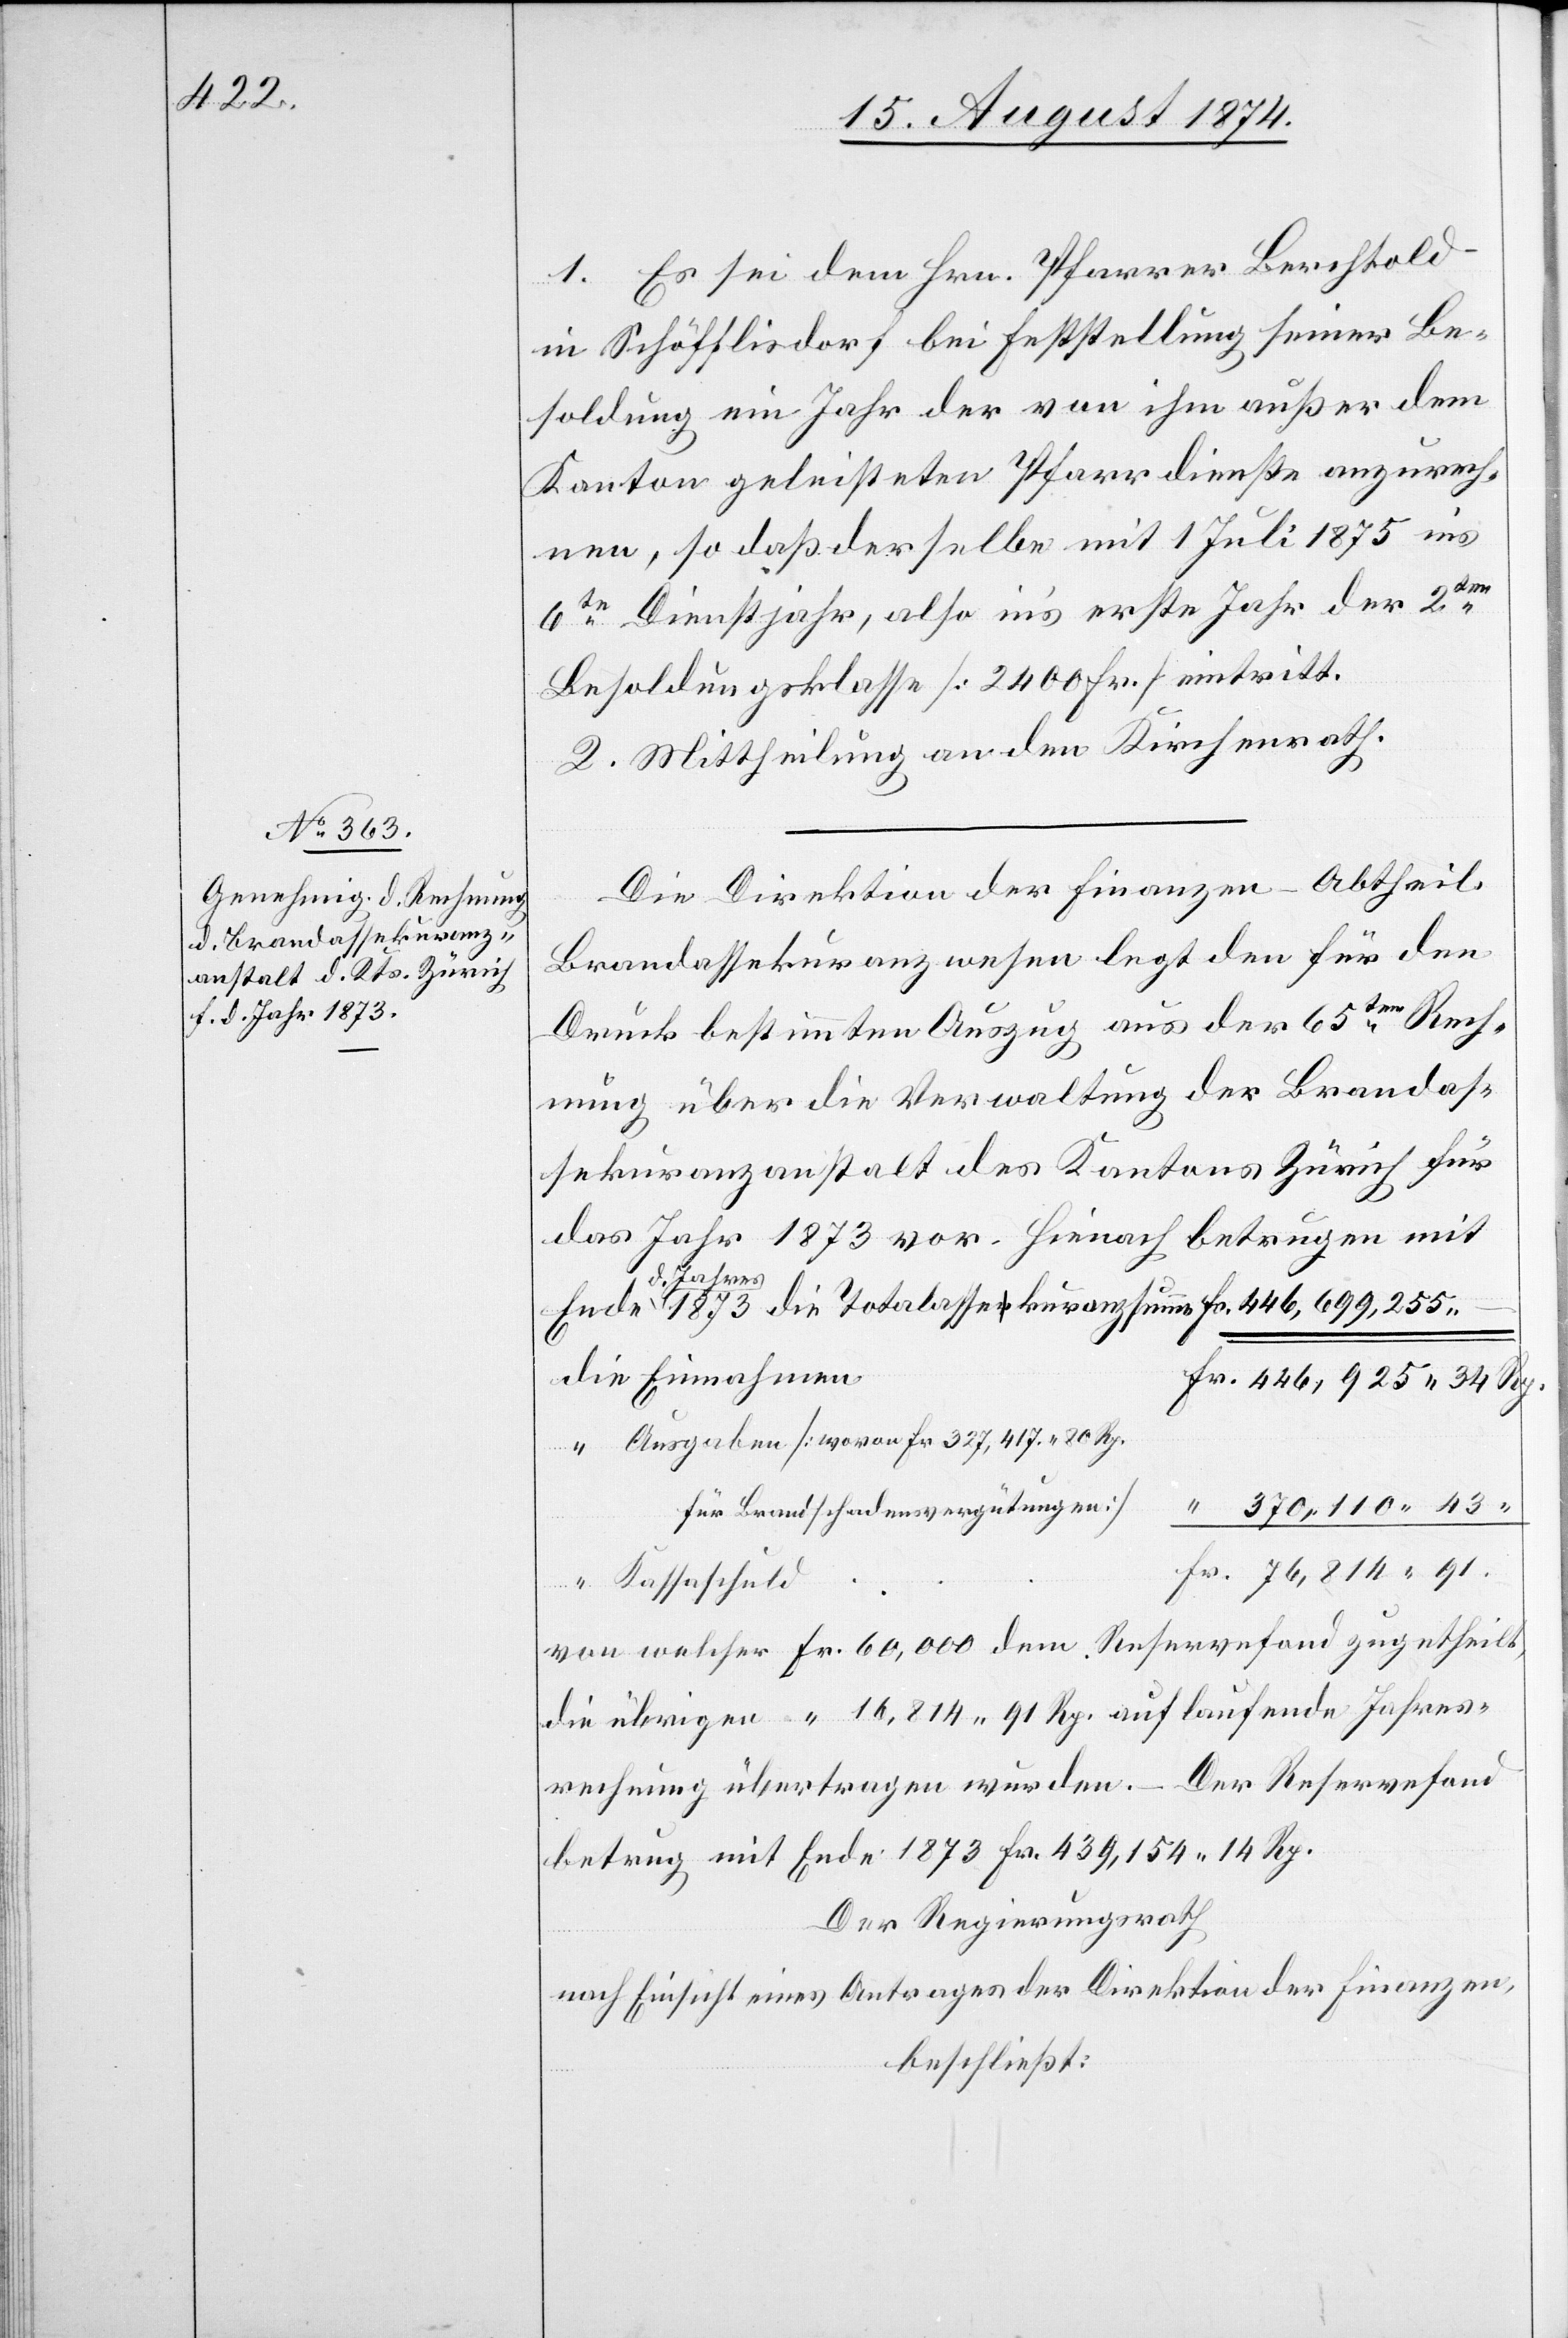
1. Es sei dem Hrn. Pfarrer Berchtold
in Schöfflisdorf bei Feststellung seiner Be¬
soldung ein Jahr der von ihm außer dem
Kanton geleisteten Pfarrdienste anzurech¬
nen, so daß derselbe mit 1. Juli 1875 ins
6te Dienstjahr, also in’s erste Jahr der 2te
Besoldungsklasse [2400 Fr.] eintritt.
2. Mittheilung an den Kirchenrath.
Die Direktion der Finanzen – Abtheil.
Brandassekuranzwesen legt den für den
Druck bestimmten Auszug aus der 65ten Rech¬
nung über die Verwaltung der Brandas¬
sekuranzanstalt des Kantons Zürich für
das Jahr 1873 vor. Hienach betrugen mit
d. Jahres
Ausgaben [woran Fr. 327,417.80 Rp.
für Brandschadensvergütungen]
Kassaschuld
von welcher Fr. 60,000 dem Reservefond zugetheilt,
die übrigen “ 16,814.91 Rp. auf laufende Jahres¬
rechnung übertragen wurden. – Der Reservefond
betrug mit Ende 1873 Fr. 439,154.14 Rp.
Der Regierungsrath
nach Einsicht eines Antrages der Direktion der Finanzen,
beschließt: